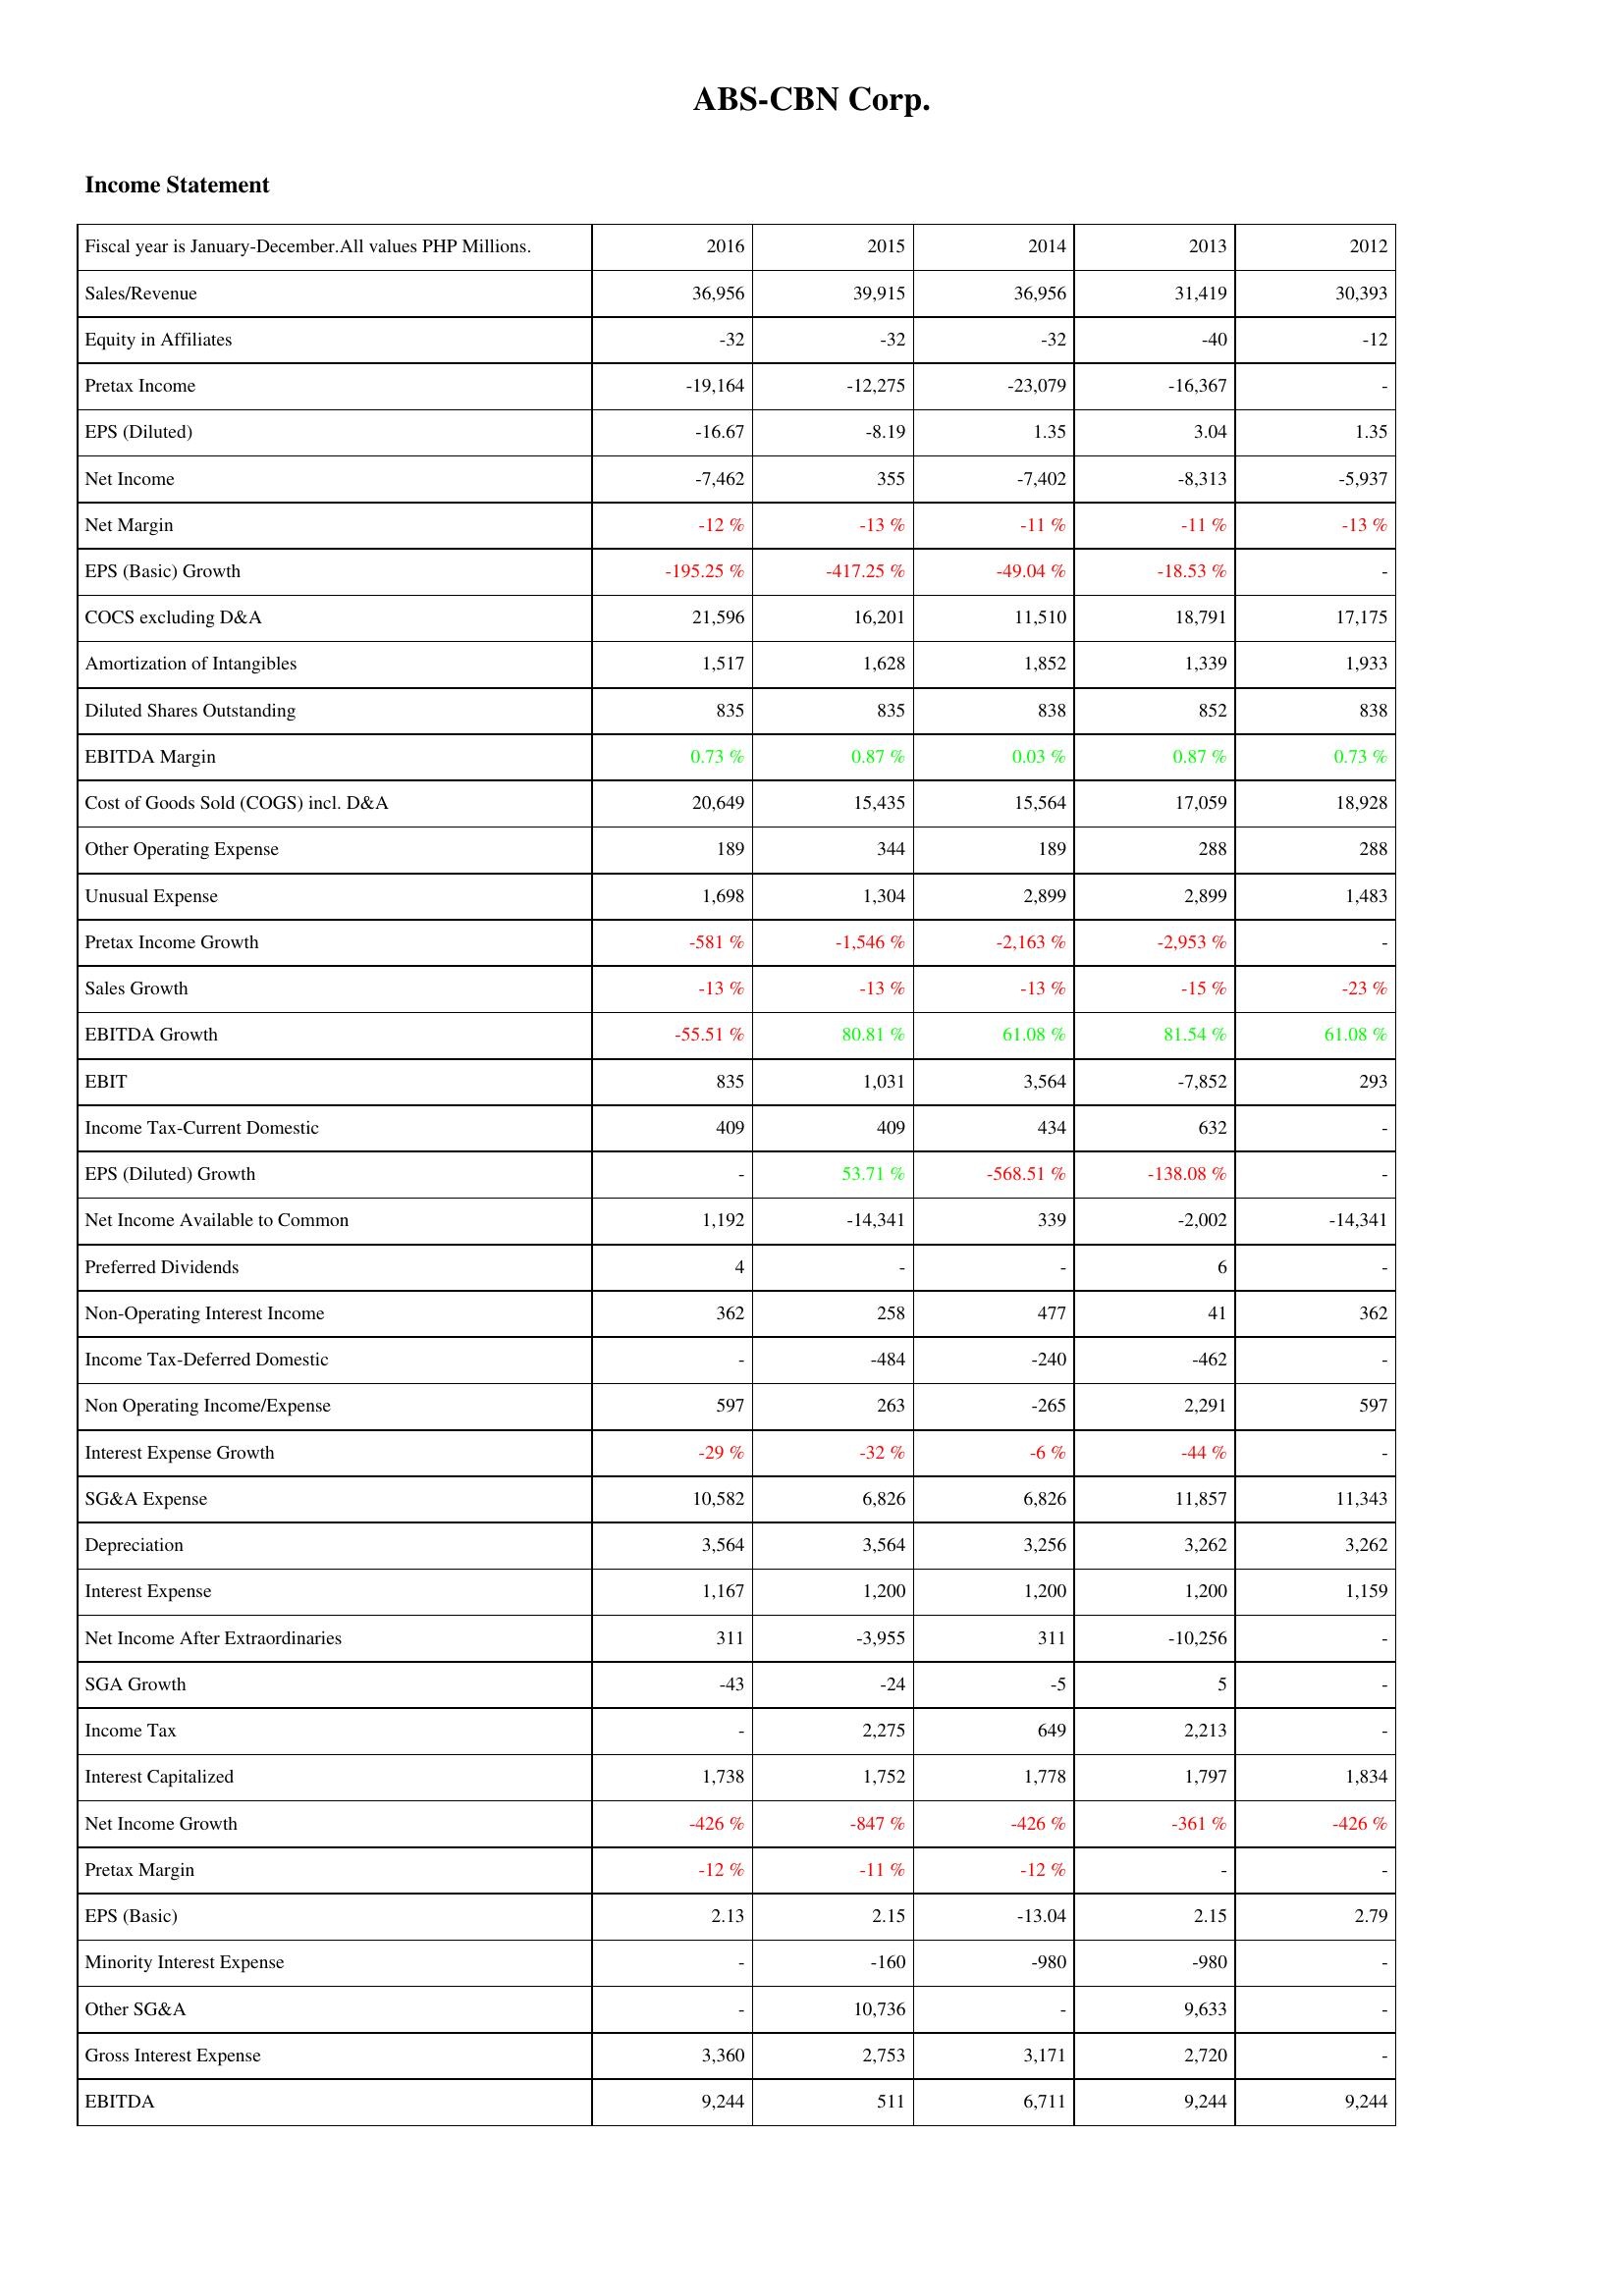
2016: Income Statement: Sales/Revenue: 36,956
Equity in Affiliates: -32
Pretax Income: -19,164
EPS (Diluted): -16.67
Net Income: -7,462
Net Margin: -12 %
EPS (Basic) Growth: -195.25 %
COCS excluding D&A: 21,596
Amortization of Intangibles: 1,517
Diluted Shares Outstanding: 835
EBITDA Margin: 0.73 %
Cost of Goods Sold (COGS) incl. D&A: 20,649
Other Operating Expense: 189
Unusual Expense: 1,698
Pretax Income Growth: -581 %
Sales Growth: -13 %
EBITDA Growth: -55.51 %
EBIT: 835
Income Tax-Current Domestic: 409
EPS (Diluted) Growth: -
Net Income Available to Common: 1,192
Preferred Dividends: 4
Non-Operating Interest Income: 362
Income Tax-Deferred Domestic: -
Non Operating Income/Expense: 597
Interest Expense Growth: -29 %
SG&A Expense: 10,582
Depreciation: 3,564
Interest Expense: 1,167
Net Income After Extraordinaries: 311
SGA Growth: -43
Income Tax: -
Interest Capitalized: 1,738
Net Income Growth: -426 %
Pretax Margin: -12 %
EPS (Basic): 2.13
Minority Interest Expense: -
Other SG&A: -
Gross Interest Expense: 3,360
EBITDA: 9,244
2015: Income Statement: Sales/Revenue: 39,915
Equity in Affiliates: -32
Pretax Income: -12,275
EPS (Diluted): -8.19
Net Income: 355
Net Margin: -13 %
EPS (Basic) Growth: -417.25 %
COCS excluding D&A: 16,201
Amortization of Intangibles: 1,628
Diluted Shares Outstanding: 835
EBITDA Margin: 0.87 %
Cost of Goods Sold (COGS) incl. D&A: 15,435
Other Operating Expense: 344
Unusual Expense: 1,304
Pretax Income Growth: -1,546 %
Sales Growth: -13 %
EBITDA Growth: 80.81 %
EBIT: 1,031
Income Tax-Current Domestic: 409
EPS (Diluted) Growth: 53.71 %
Net Income Available to Common: -14,341
Preferred Dividends: -
Non-Operating Interest Income: 258
Income Tax-Deferred Domestic: -484
Non Operating Income/Expense: 263
Interest Expense Growth: -32 %
SG&A Expense: 6,826
Depreciation: 3,564
Interest Expense: 1,200
Net Income After Extraordinaries: -3,955
SGA Growth: -24
Income Tax: 2,275
Interest Capitalized: 1,752
Net Income Growth: -847 %
Pretax Margin: -11 %
EPS (Basic): 2.15
Minority Interest Expense: -160
Other SG&A: 10,736
Gross Interest Expense: 2,753
EBITDA: 511
2014: Income Statement: Sales/Revenue: 36,956
Equity in Affiliates: -32
Pretax Income: -23,079
EPS (Diluted): 1.35
Net Income: -7,402
Net Margin: -11 %
EPS (Basic) Growth: -49.04 %
COCS excluding D&A: 11,510
Amortization of Intangibles: 1,852
Diluted Shares Outstanding: 838
EBITDA Margin: 0.03 %
Cost of Goods Sold (COGS) incl. D&A: 15,564
Other Operating Expense: 189
Unusual Expense: 2,899
Pretax Income Growth: -2,163 %
Sales Growth: -13 %
EBITDA Growth: 61.08 %
EBIT: 3,564
Income Tax-Current Domestic: 434
EPS (Diluted) Growth: -568.51 %
Net Income Available to Common: 339
Preferred Dividends: -
Non-Operating Interest Income: 477
Income Tax-Deferred Domestic: -240
Non Operating Income/Expense: -265
Interest Expense Growth: -6 %
SG&A Expense: 6,826
Depreciation: 3,256
Interest Expense: 1,200
Net Income After Extraordinaries: 311
SGA Growth: -5
Income Tax: 649
Interest Capitalized: 1,778
Net Income Growth: -426 %
Pretax Margin: -12 %
EPS (Basic): -13.04
Minority Interest Expense: -980
Other SG&A: -
Gross Interest Expense: 3,171
EBITDA: 6,711
2013: Income Statement: Sales/Revenue: 31,419
Equity in Affiliates: -40
Pretax Income: -16,367
EPS (Diluted): 3.04
Net Income: -8,313
Net Margin: -11 %
EPS (Basic) Growth: -18.53 %
COCS excluding D&A: 18,791
Amortization of Intangibles: 1,339
Diluted Shares Outstanding: 852
EBITDA Margin: 0.87 %
Cost of Goods Sold (COGS) incl. D&A: 17,059
Other Operating Expense: 288
Unusual Expense: 2,899
Pretax Income Growth: -2,953 %
Sales Growth: -15 %
EBITDA Growth: 81.54 %
EBIT: -7,852
Income Tax-Current Domestic: 632
EPS (Diluted) Growth: -138.08 %
Net Income Available to Common: -2,002
Preferred Dividends: 6
Non-Operating Interest Income: 41
Income Tax-Deferred Domestic: -462
Non Operating Income/Expense: 2,291
Interest Expense Growth: -44 %
SG&A Expense: 11,857
Depreciation: 3,262
Interest Expense: 1,200
Net Income After Extraordinaries: -10,256
SGA Growth: 5
Income Tax: 2,213
Interest Capitalized: 1,797
Net Income Growth: -361 %
Pretax Margin: -
EPS (Basic): 2.15
Minority Interest Expense: -980
Other SG&A: 9,633
Gross Interest Expense: 2,720
EBITDA: 9,244
2012: Income Statement: Sales/Revenue: 30,393
Equity in Affiliates: -12
Pretax Income: -
EPS (Diluted): 1.35
Net Income: -5,937
Net Margin: -13 %
EPS (Basic) Growth: -
COCS excluding D&A: 17,175
Amortization of Intangibles: 1,933
Diluted Shares Outstanding: 838
EBITDA Margin: 0.73 %
Cost of Goods Sold (COGS) incl. D&A: 18,928
Other Operating Expense: 288
Unusual Expense: 1,483
Pretax Income Growth: -
Sales Growth: -23 %
EBITDA Growth: 61.08 %
EBIT: 293
Income Tax-Current Domestic: -
EPS (Diluted) Growth: -
Net Income Available to Common: -14,341
Preferred Dividends: -
Non-Operating Interest Income: 362
Income Tax-Deferred Domestic: -
Non Operating Income/Expense: 597
Interest Expense Growth: -
SG&A Expense: 11,343
Depreciation: 3,262
Interest Expense: 1,159
Net Income After Extraordinaries: -
SGA Growth: -
Income Tax: -
Interest Capitalized: 1,834
Net Income Growth: -426 %
Pretax Margin: -
EPS (Basic): 2.79
Minority Interest Expense: -
Other SG&A: -
Gross Interest Expense: -
EBITDA: 9,244